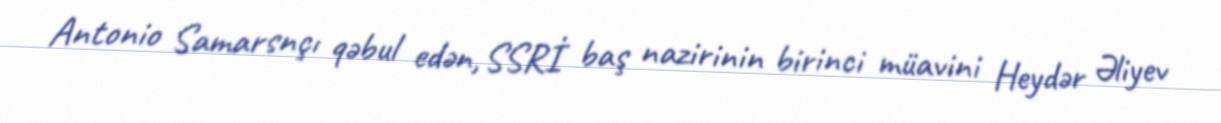
Antonio Samarsnçı qəbul edən, SSRİ baş nazirinin birinci müavini Heydər Əliyev